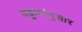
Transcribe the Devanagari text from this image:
उड्डाणांनुसार